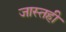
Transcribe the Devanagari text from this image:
जास्तही